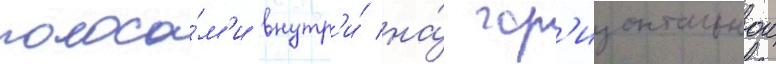
полоса́м'и внутр'и́ на́ гор'изонтальнои